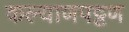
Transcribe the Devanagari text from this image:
कल्याणपट्टण